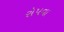
રોપવા